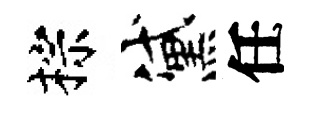
棕黛任